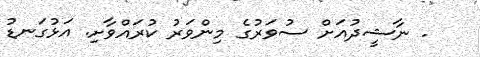
. ނާޝީދުއަށް ސުވަރުގެ މިންވަރު ކުރައްވާށި. އަޅުގަނޑު